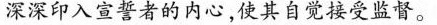
深深印入宣誓者的内心，使其自觉接受监督。